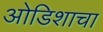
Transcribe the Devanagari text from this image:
ओडिशाचा